65_HS1-834228961_62-HQ-83894_Section_2
Agency: FBI
Page 146
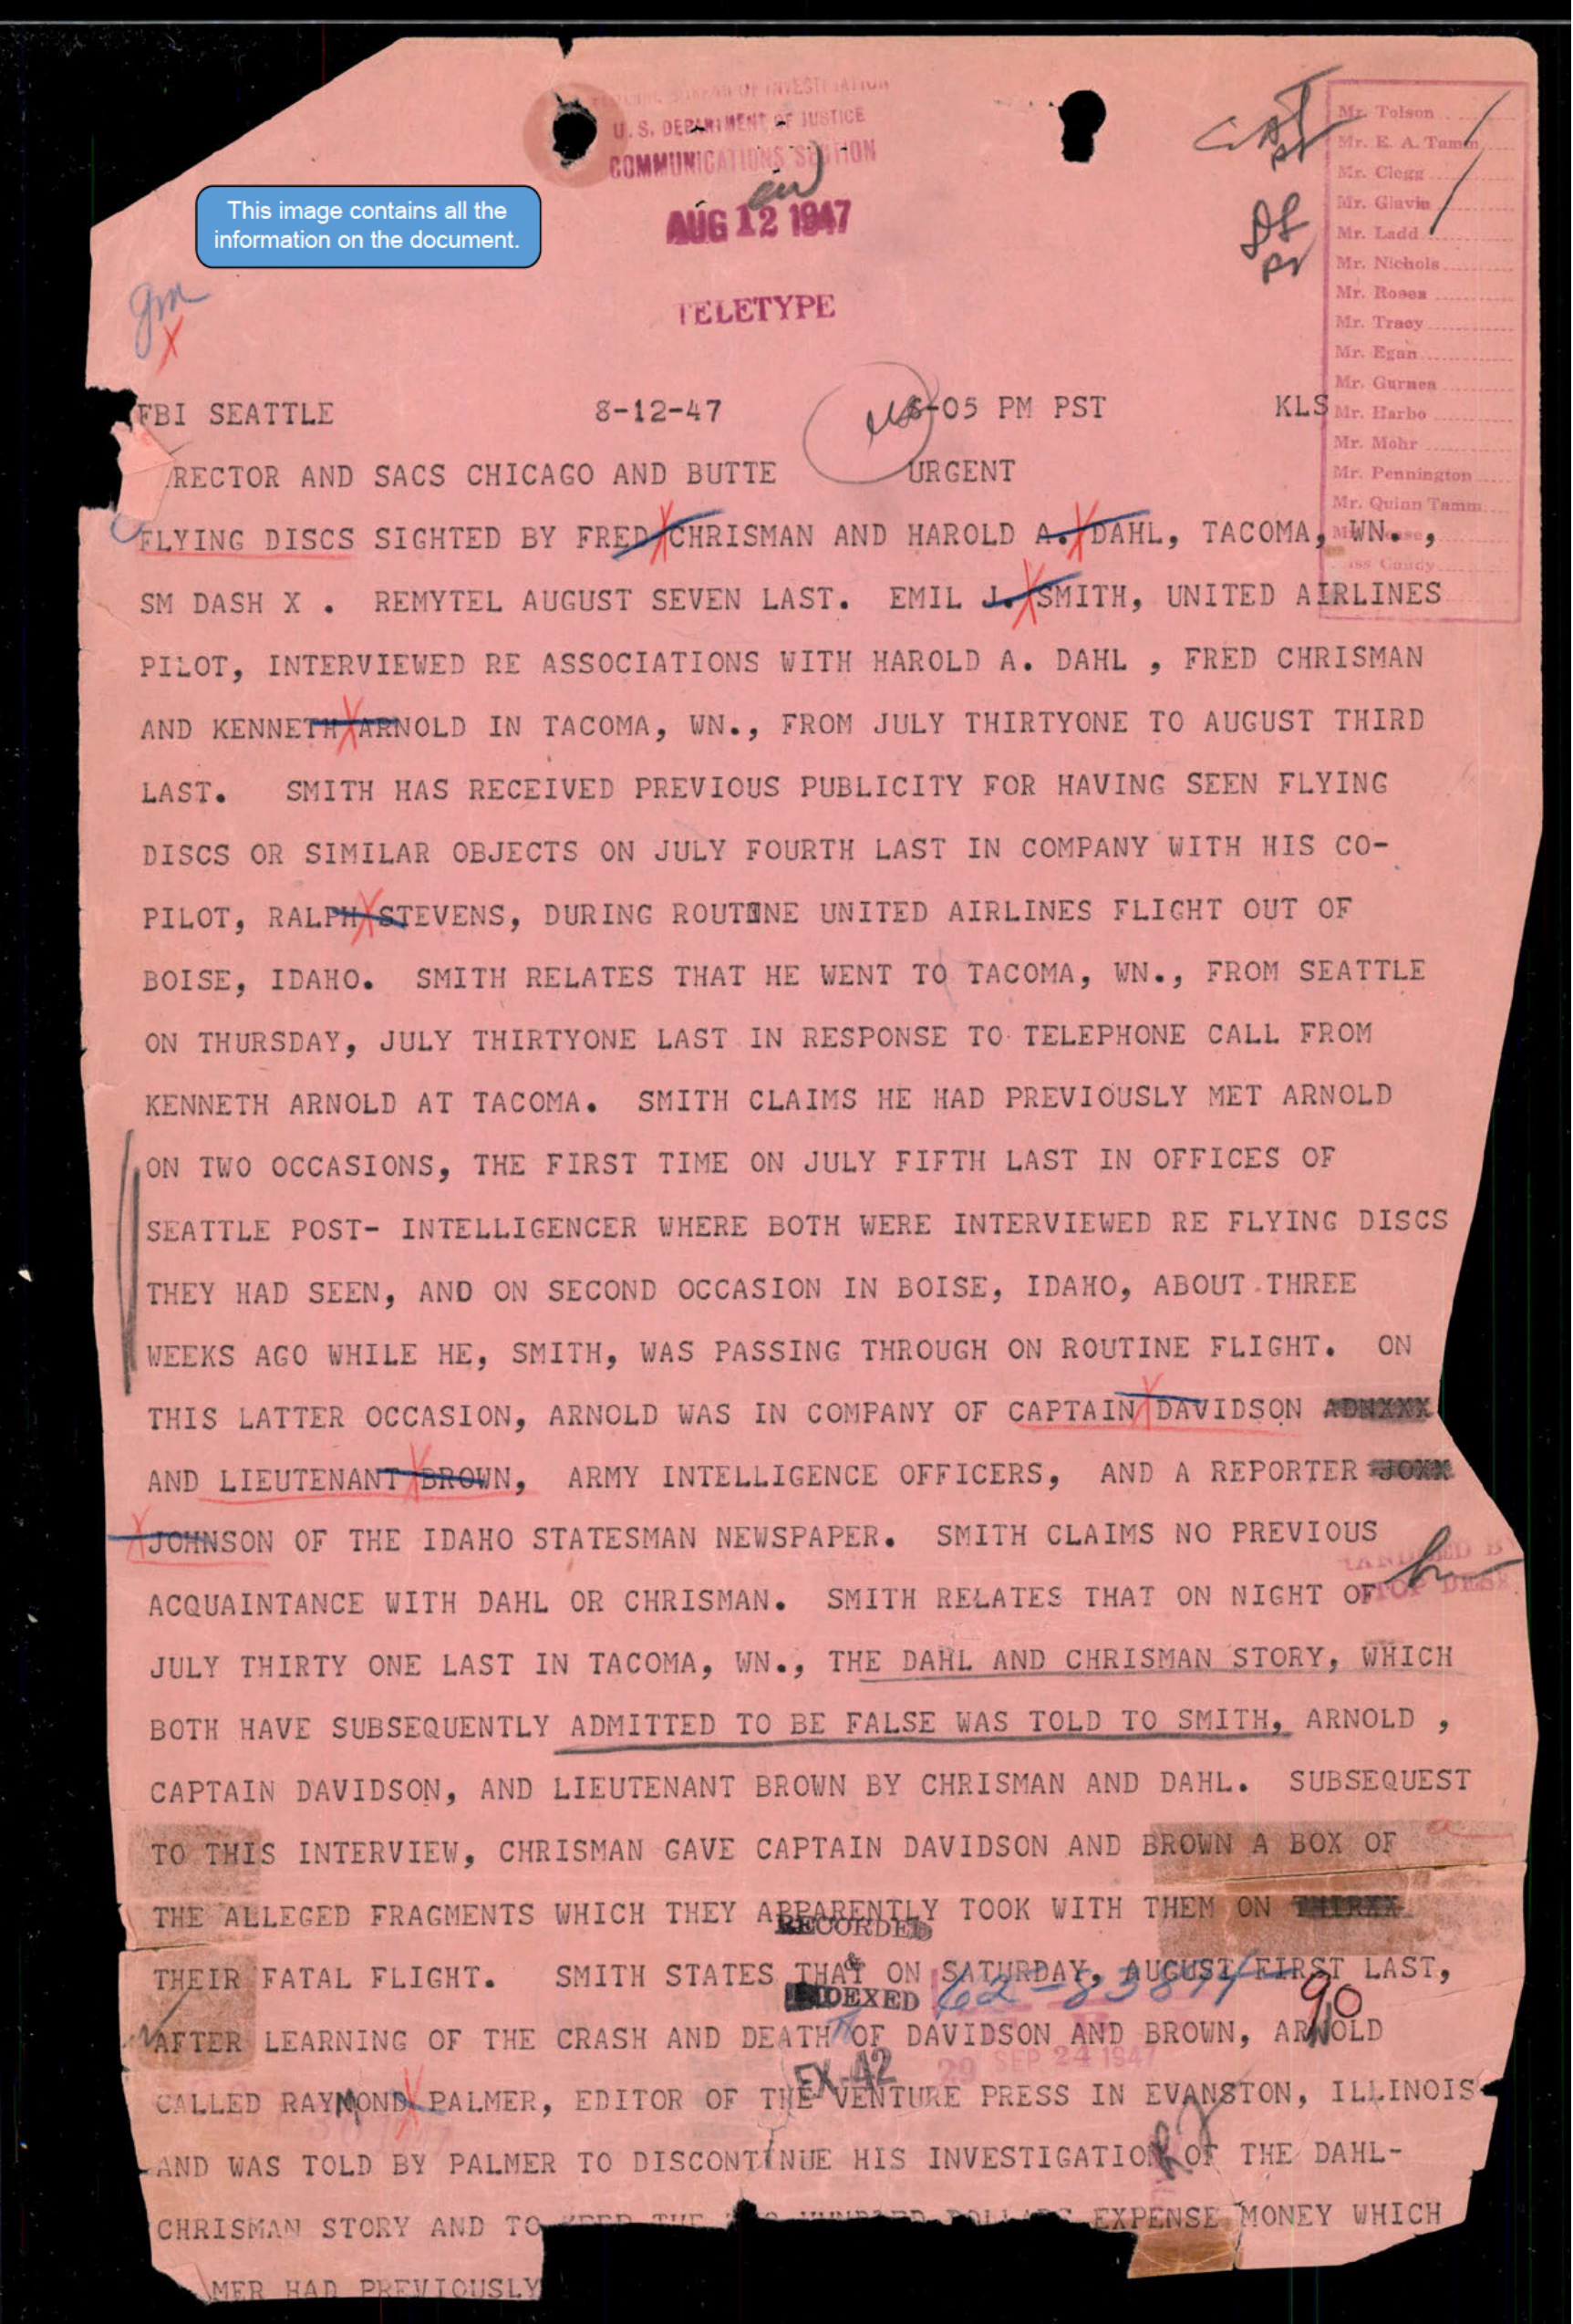